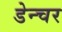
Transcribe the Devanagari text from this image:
डेन्चर